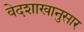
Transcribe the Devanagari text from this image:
वेदशाखानुसार